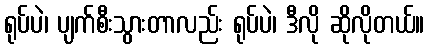
ရုပ်ပဲ၊ ပျက်စီးသွားတာလည်း ရုပ်ပဲ၊ ဒီလို ဆိုလိုတယ်။